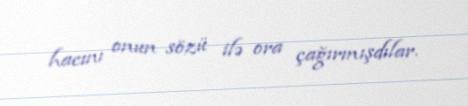
hacını onun sözü ilə ora çağırmışdılar.